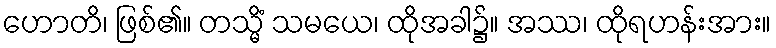
ဟောတိ၊ ဖြစ်၏။ တသ္မိံ သမယေ၊ ထိုအခါ၌။ အဿ၊ ထိုရဟန်းအား။